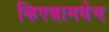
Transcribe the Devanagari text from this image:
व्हिएन्नामधेच